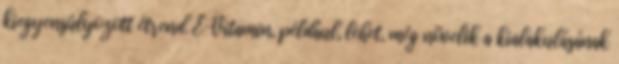
kiegyensúlyozott étrend. E-Vitamin, például, lehet, még növelik a kialakulásának